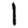
Digit: 1